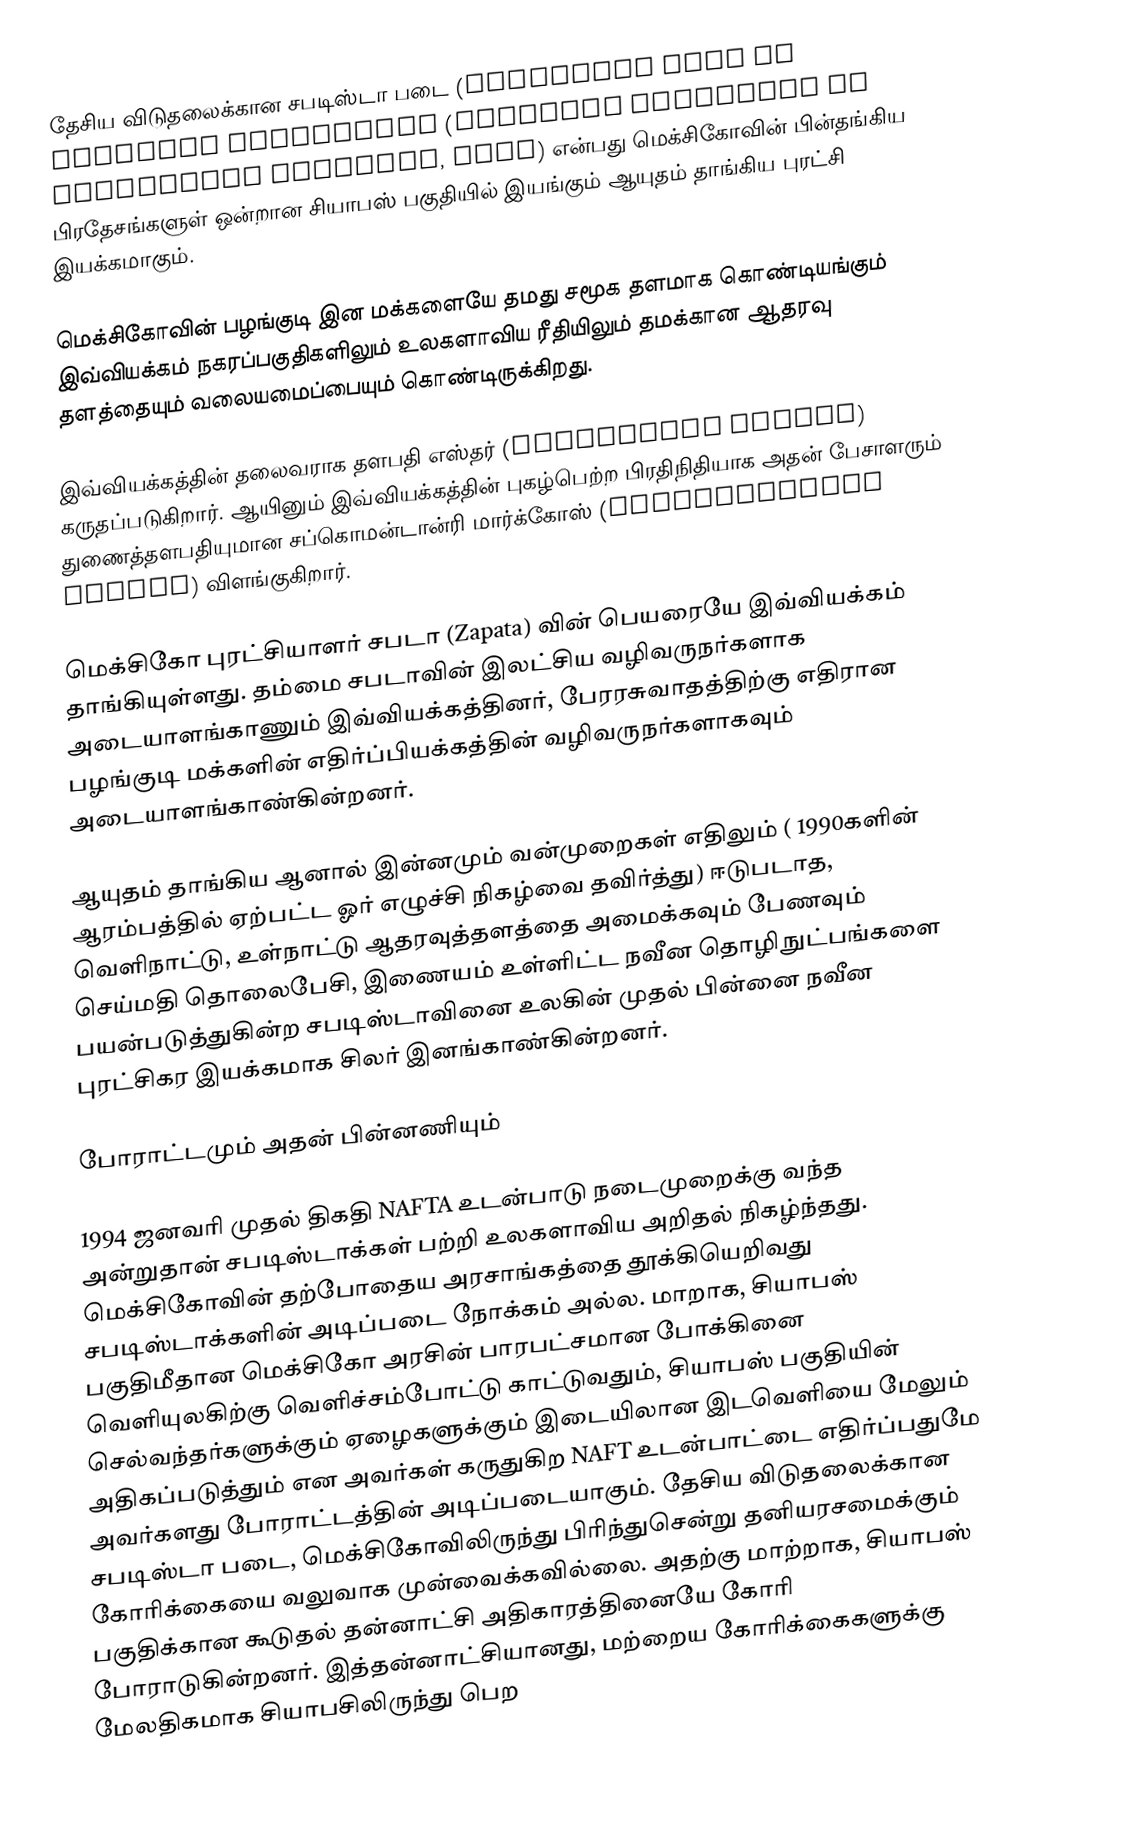
தேசிய விடுதலைக்கான சபடிஸ்டா படை (Zapatista Army of National Liberation (Ejército Zapatista de Liberación Nacional, EZLN) என்பது மெக்சிகோவின் பின்தங்கிய பிரதேசங்களுள் ஒன்றான சியாபஸ் பகுதியில் இயங்கும் ஆயுதம் தாங்கிய புரட்சி இயக்கமாகும்.

மெக்சிகோவின் பழங்குடி இன மக்களையே தமது சமூக தளமாக கொண்டியங்கும் இவ்வியக்கம் நகரப்பகுதிகளிலும் உலகளாவிய ரீதியிலும் தமக்கான ஆதரவு தளத்தையும் வலையமைப்பையும் கொண்டிருக்கிறது.

இவ்வியக்கத்தின் தலைவராக தளபதி எஸ்தர் (Comandanta Esther) கருதப்படுகிறார். ஆயினும் இவ்வியக்கத்தின் புகழ்பெற்ற பிரதிநிதியாக அதன் பேசாளரும் துணைத்தளபதியுமான சப்கொமன்டான்ரி மார்க்கோஸ் (Subcomandante Marcos) விளங்குகிறார்.

மெக்சிகோ புரட்சியாளர் சபடா (Zapata) வின் பெயரையே இவ்வியக்கம் தாங்கியுள்ளது. தம்மை சபடாவின் இலட்சிய வழிவருநர்களாக அடையாளங்காணும் இவ்வியக்கத்தினர், பேரரசுவாதத்திற்கு எதிரான பழங்குடி மக்களின் எதிர்ப்பியக்கத்தின் வழிவருநர்களாகவும் அடையாளங்காண்கின்றனர்.

ஆயுதம் தாங்கிய ஆனால் இன்னமும் வன்முறைகள் எதிலும் ( 1990களின் ஆரம்பத்தில் ஏற்பட்ட ஓர் எழுச்சி நிகழ்வை தவிர்த்து) ஈடுபடாத, வெளிநாட்டு, உள்நாட்டு ஆதரவுத்தளத்தை அமைக்கவும் பேணவும் செய்மதி தொலைபேசி, இணையம் உள்ளிட்ட நவீன தொழிநுட்பங்களை பயன்படுத்துகின்ற சபடிஸ்டாவினை உலகின் முதல் பின்னை நவீன புரட்சிகர இயக்கமாக சிலர் இனங்காண்கின்றனர்.

போராட்டமும் அதன் பின்னணியும்

1994 ஜனவரி முதல் திகதி NAFTA உடன்பாடு நடைமுறைக்கு வந்த அன்றுதான் சபடிஸ்டாக்கள் பற்றி உலகளாவிய அறிதல் நிகழ்ந்தது. மெக்சிகோவின் தற்போதைய அரசாங்கத்தை தூக்கியெறிவது சபடிஸ்டாக்களின் அடிப்படை நோக்கம் அல்ல. மாறாக, சியாபஸ் பகுதிமீதான மெக்சிகோ அரசின் பாரபட்சமான போக்கினை வெளியுலகிற்கு வெளிச்சம்போட்டு காட்டுவதும், சியாபஸ் பகுதியின் செல்வந்தர்களுக்கும் ஏழைகளுக்கும் இடையிலான இடவெளியை மேலும் அதிகப்படுத்தும் என அவர்கள் கருதுகிற NAFT உடன்பாட்டை எதிர்ப்பதுமே அவர்களது போராட்டத்தின் அடிப்படையாகும். தேசிய விடுதலைக்கான சபடிஸ்டா படை, மெக்சிகோவிலிருந்து பிரிந்துசென்று தனியரசமைக்கும் கோரிக்கையை வலுவாக முன்வைக்கவில்லை. அதற்கு மாற்றாக, சியாபஸ் பகுதிக்கான கூடுதல் தன்னாட்சி அதிகாரத்தினையே கோரி போராடுகின்றனர். இத்தன்னாட்சியானது, மற்றைய கோரிக்கைகளுக்கு மேலதிகமாக சியாபசிலிருந்து பெற